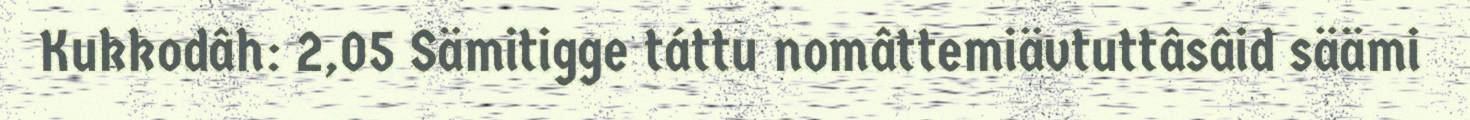
Kukkodâh: 2,05 Sämitigge táttu nomâttemiävtuttâsâid säämi